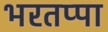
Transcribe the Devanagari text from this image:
भरतप्पा